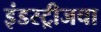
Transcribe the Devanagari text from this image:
इंडस्ट्रीजचा